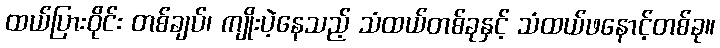
ထယ်ပြားဝိုင်း တစ်ချပ်၊ ကျိုးပဲ့နေသည့် သံထယ်တစ်ခုနှင့် သံထယ်ဖနောင့်တစ်ခု။